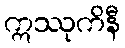
ဣဿုကိနီ